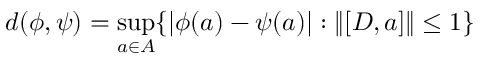
d ( \phi , \psi ) = \operatorname * { s u p } _ { a \in A } \{ | \phi ( a ) - \psi ( a ) | : \| [ D , a ] \| \le 1 \}